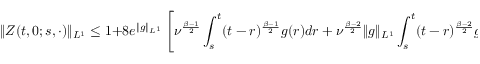
\| Z ( t , 0 ; s , \cdot ) \| _ { L ^ { 1 } } \leq 1 + 8 e ^ { \| g \| _ { L ^ { 1 } } } \left[ \nu ^ { \frac { \beta - 1 } { 2 } } \int _ { s } ^ { t } ( t - r ) ^ { \frac { \beta - 1 } { 2 } } g ( r ) d r + \nu ^ { \frac { \beta - 2 } { 2 } } \| g \| _ { L ^ { 1 } } \int _ { s } ^ { t } ( t - r ) ^ { \frac { \beta - 2 } { 2 } } g ( r ) d r \right] ,